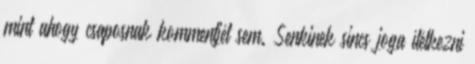
mint ahogy csaposnak kommentjét sem. Senkinek sincs joga ítélkezni